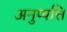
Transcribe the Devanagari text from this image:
अनुप्पत्ति